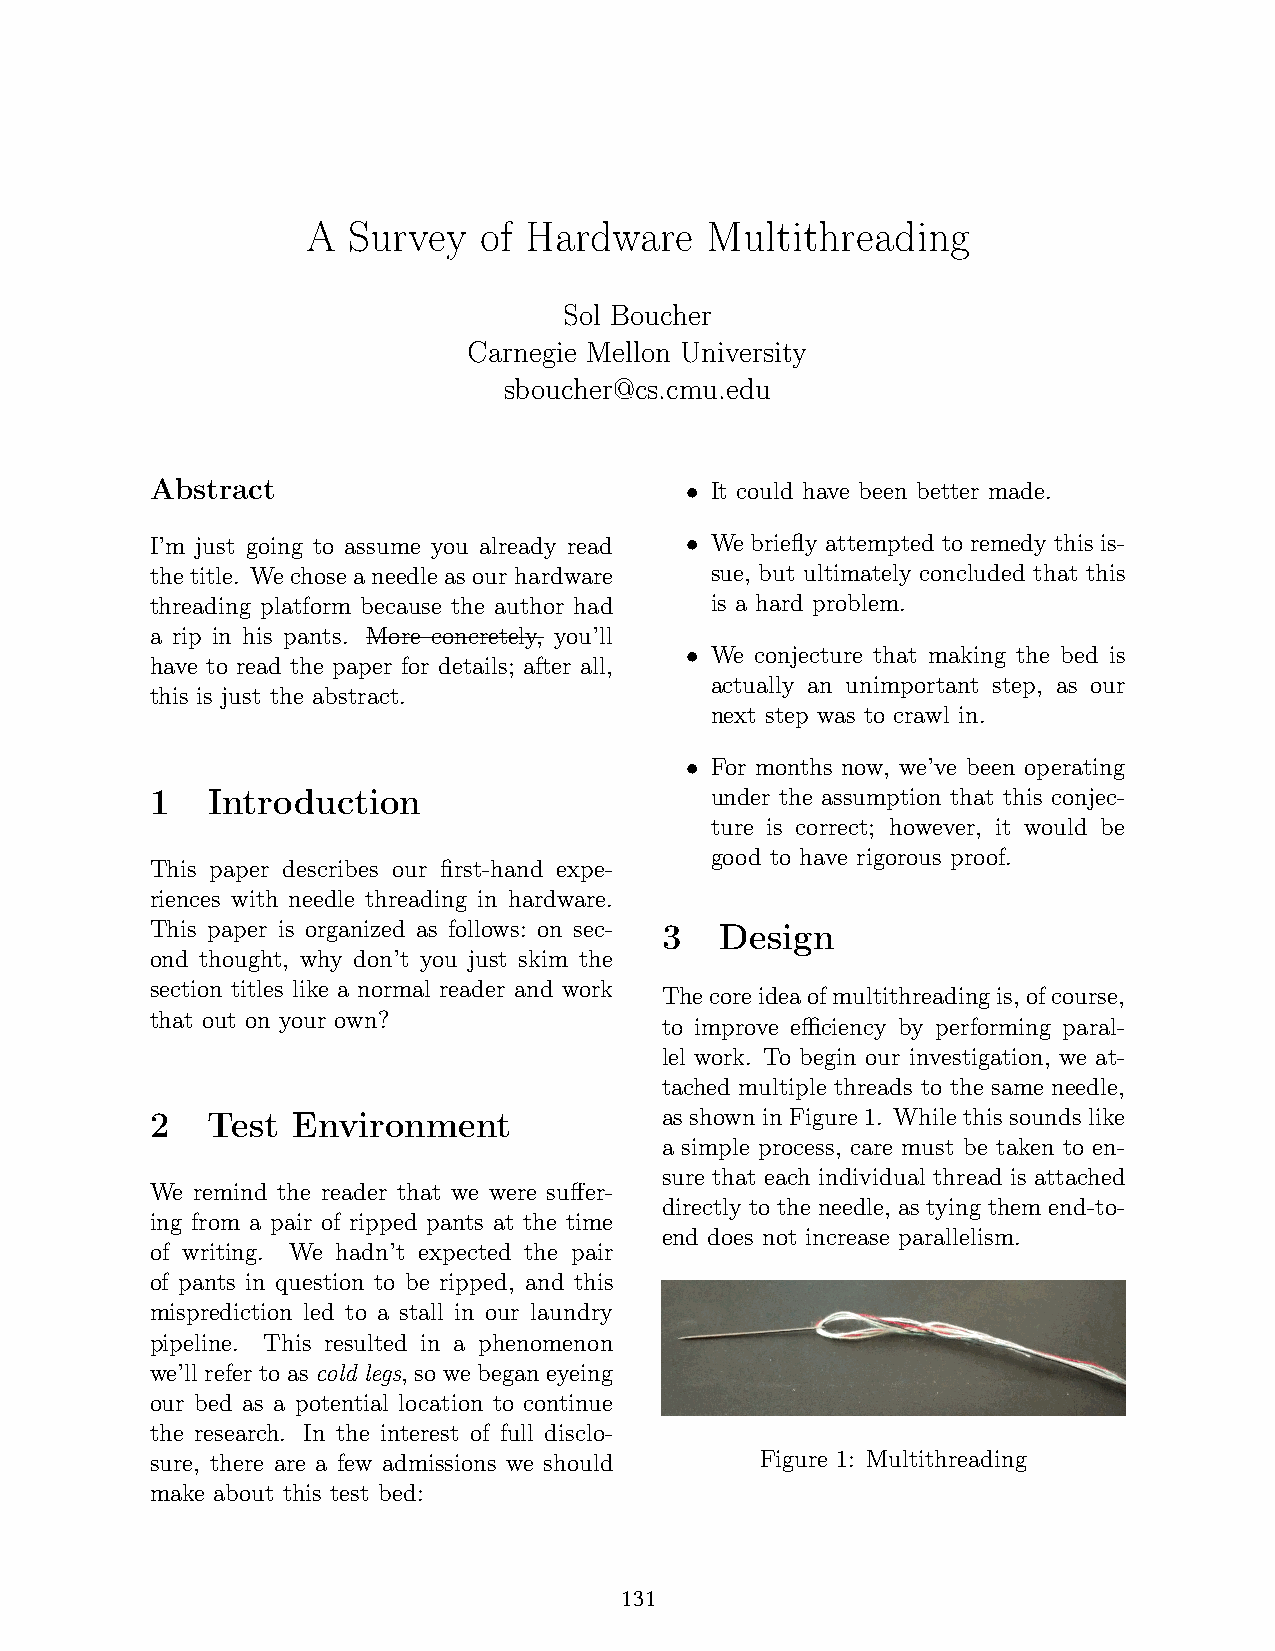
A  Survey   of Hardware    Multithreading
 19
 Sol Boucher
 Carnegie Mellon University
 sboucher@cs.cmu.edu
 Abstract                             It could have been better made.
 •
 I’m just going to assume you already read We briefly attempted to remedy this is-
 •
 the title. We chose a needle as our hardware sue, but ultimately concluded that this
 threading platform because the author had is a hard problem.
 a rip in his pants. More concretely, you’ll
 We conjecture that making the bed is
 have to read the paper for details; after all, •
 actually an unimportant step, as our
 this is just the abstract.
 next step was to crawl in.
 For months now, we’ve been operating
 •
 1   Introduction                     under the assumption that this conjec-
 ture is correct; however, it would be
 good to have rigorous proof.
 This paper describes our first-hand expe-
 riences with needle threading in hardware.
 This paper is organized as follows: on sec- 3 Design
 ond thought, why don’t you just skim the
 section titles like a normal reader and work
 Thecoreideaofmultithreadingis,ofcourse,
 that out on your own?
 to improve efficiency by performing paral-
 lel work. To begin our investigation, we at-
 tached multiple threads to the same needle,
 2   Test Environment              as shown in Figure 1. While this sounds like
 a simple process, care must be taken to en-
 sure that each individual thread is attached
 We remind the reader that we were suffer-
 directly to the needle, as tying them end-to-
 ing from a pair of ripped pants at the time
 end does not increase parallelism.
 of writing. We hadn’t expected the pair
 of pants in question to be ripped, and this
 misprediction led to a stall in our laundry
 pipeline. This resulted in a phenomenon
 we’ll refer to as cold legs, so we began eyeing
 our bed as a potential location to continue
 the research. In the interest of full disclo-
 sure, there are a few admissions we should Figure 1: Multithreading
 make about this test bed:
 131